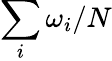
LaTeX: \sum_{i}\omega_{i}/N